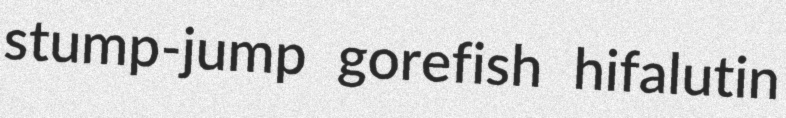
stump-jump gorefish hifalutin